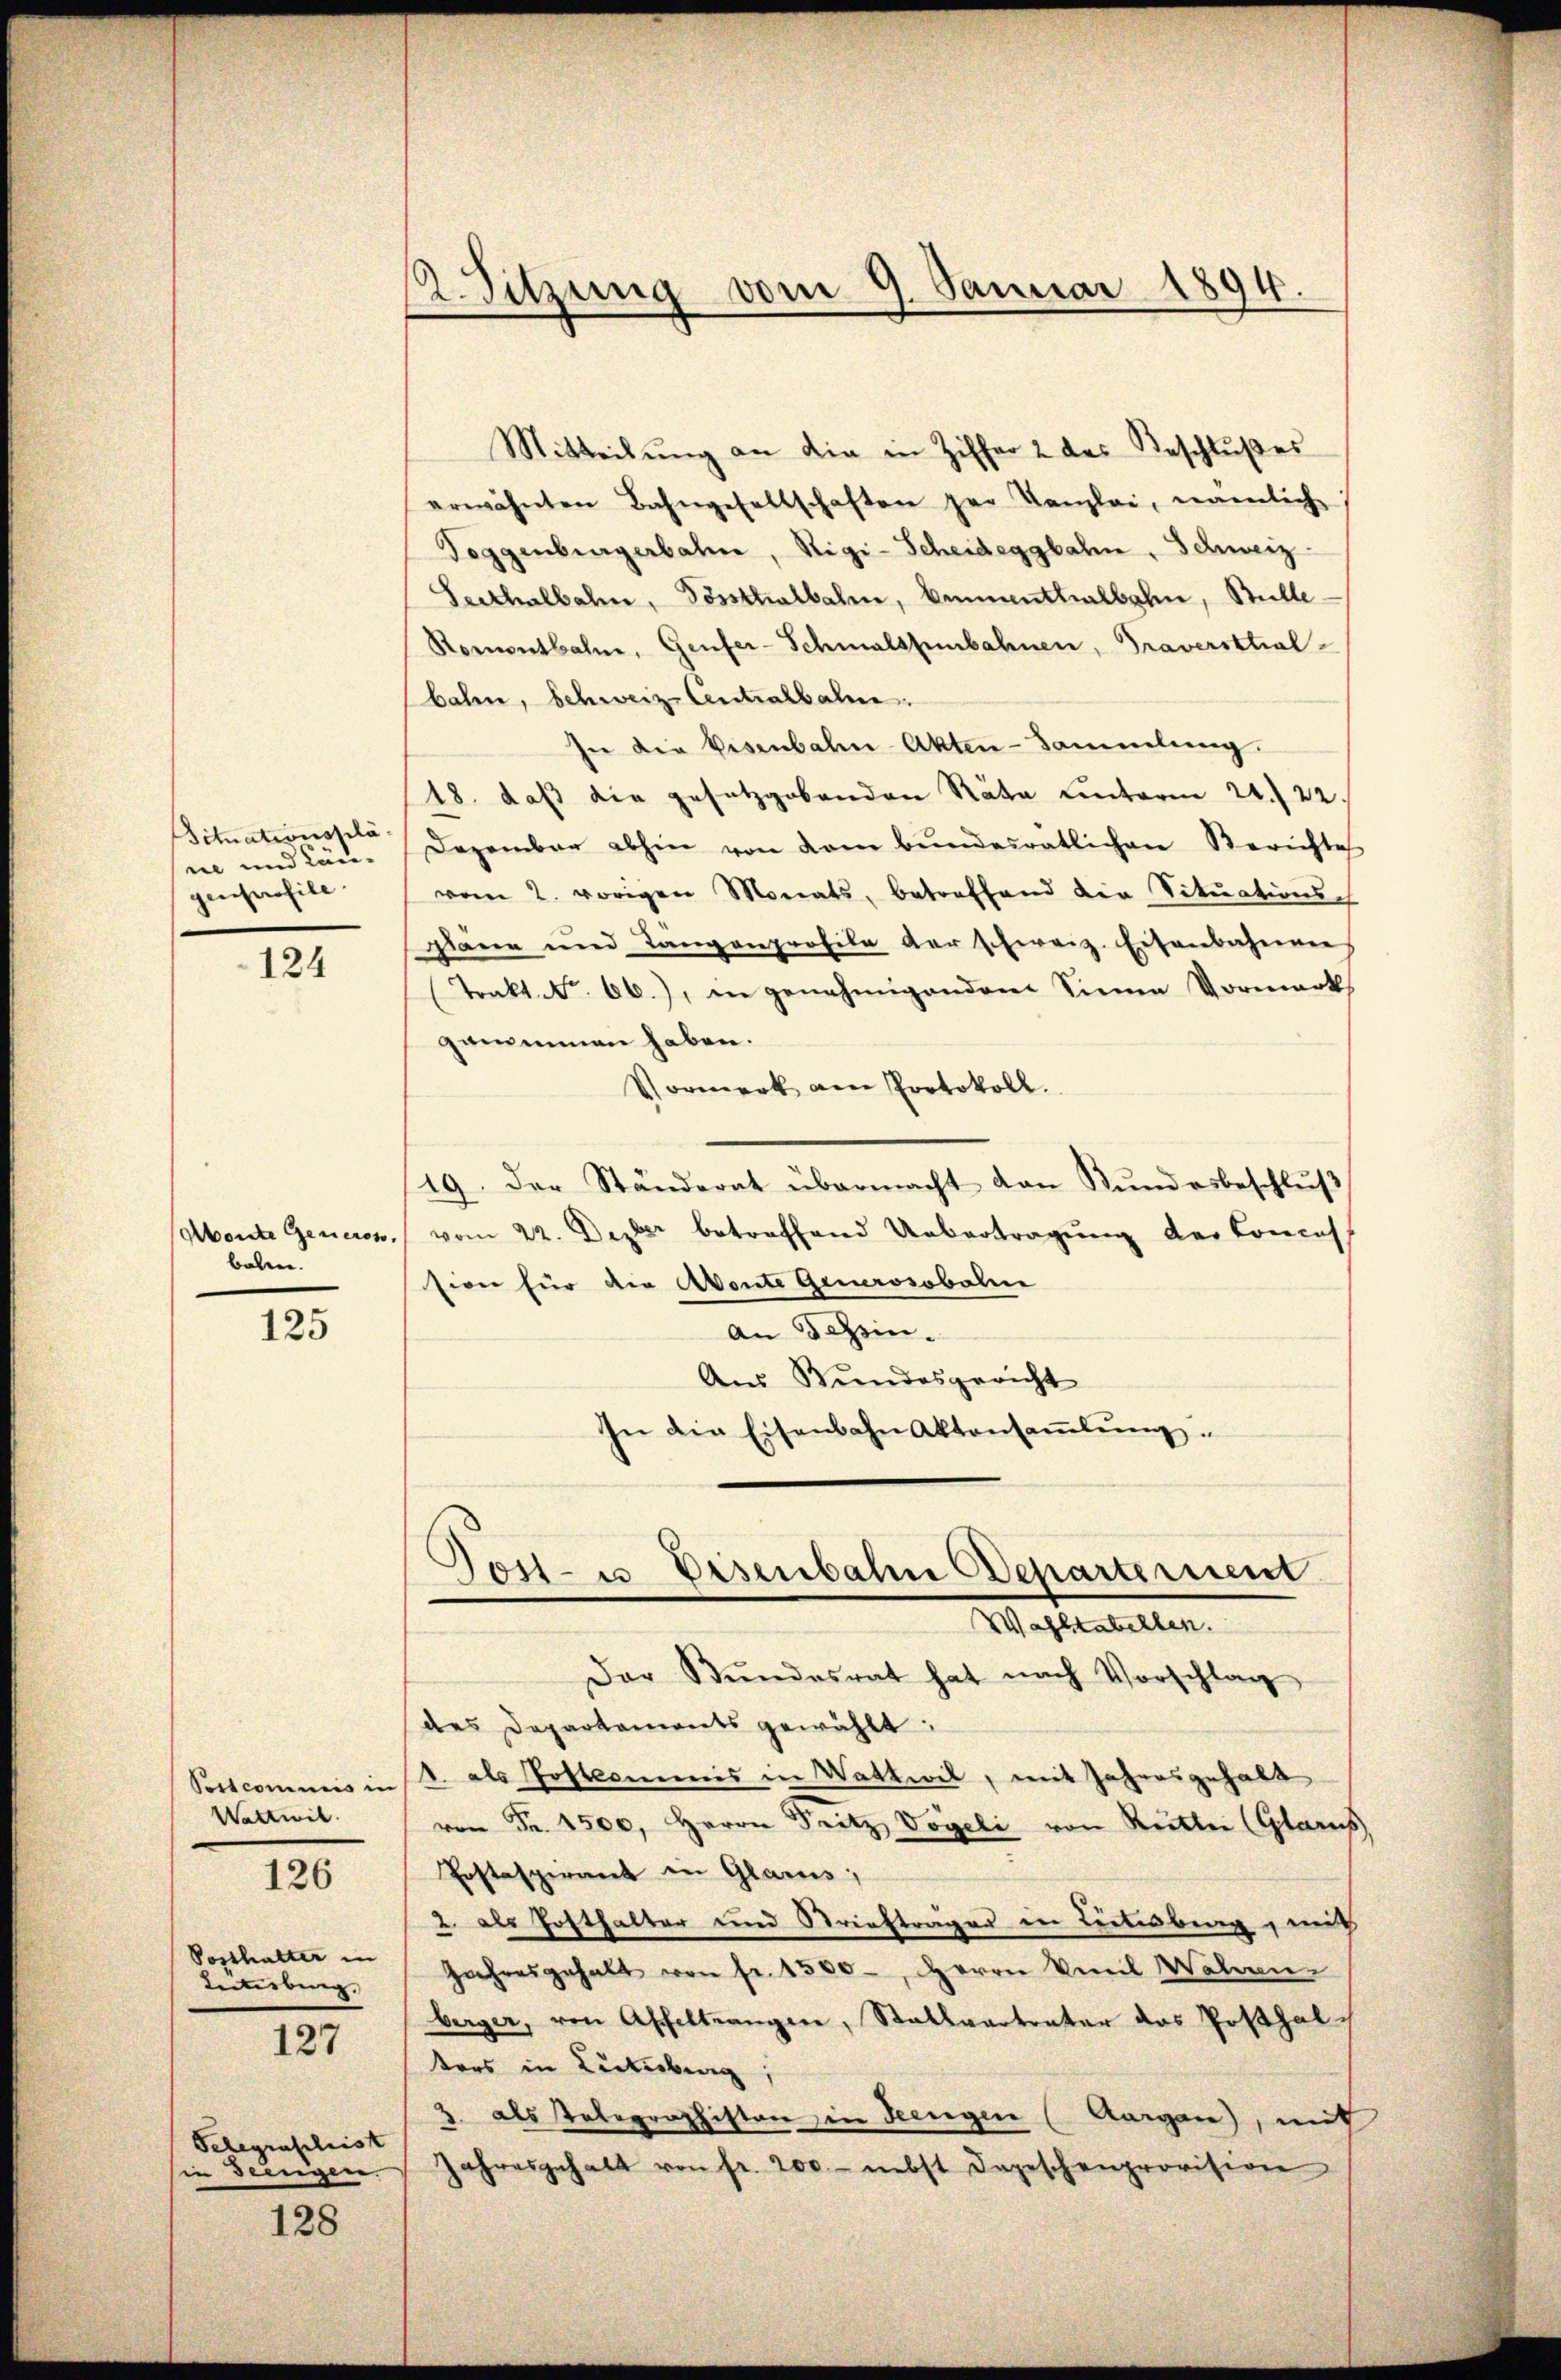
ituationssilä-
ne und Längencharfill

124

Abonte Generen,
balen.

125

Postcommis in
Wattwil
126

Posthalter in
Interbung.

127

Telegraphist
in Deingen.

128

12. Sitzung vom 9. Januar 1894.

Mitteilŭng an die in Ziffer 2 des Beschlŭβes
erwähnten Bahngesellschaften per Kanzlei, nämlich
Toggenburgerbahn, Rigi-Scheideggbahn, Schweiz.
Seithalbahn, Posthalbahn, Emmenthalbahn, Bülle
Romontbahne, Genfer-Schmalspubahnen, Graverstral-
bahn, Schweiz. Antralbahn.
In die Eisenbahn-Akten-Sammlung.
18. daß die gesetzgebenden Räte unterm 24. 22.
Dezember abhin von dem Bŭndesratlichen Berichtes
vom 2. vorigen Monats, betreffend die Situations-
Diana und Längenprofile der schweiz. Eisenbahnen
Trakt. No. 66.), in genehmigendem Sinne Vormerk
genommen haben.
Vormerk am Protokoll.
19. der Ständerat übermacht von Kŭndesbeschlŭβ
 vom 22. Dezter betreffend Uebertragung der Concess
siei für die Abente Generosobal
An sein.
Aus Bundesgericht
In die Eisenbahn Aktensaṁlŭng.
Gost- u Eisenbahn Departement
Wahltabellen.
Der Bŭndesrat hat nach Vorschlag
des Departements gewählt:
1. als Postkommnis in Wattwil, mit Jahresgehalt
von Fr. 1500. Herrn Pritz Vogeli von Ritter (Glarus
Postaspirant in Glarus;
2 als Hofthalter und Strieftrages in Lectisberg, mit
Jahresgehalt von fr. 1300-, Herrn Emil Wotranberger, von Affeltrangen, Stallvertreter das Posthalters in Literburg
z. als Telegraphisten in Seengen (Aargau), mit
Jahresgehalt von fr. 200.- nebst Depeschenprovision